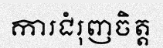
ការជំរុញចិត្ត